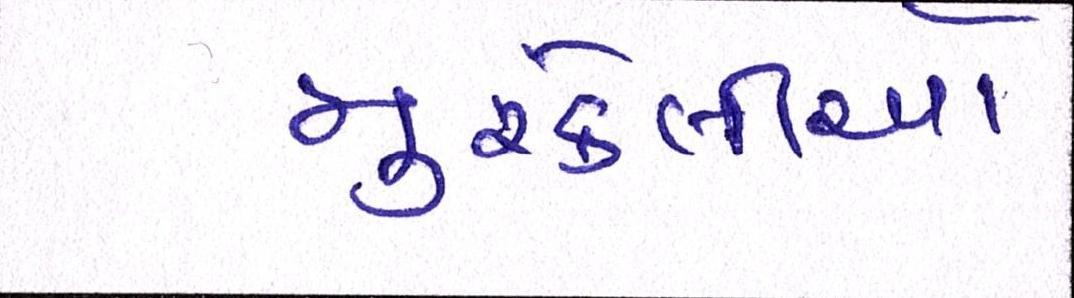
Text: મુશ્કેલીઓ